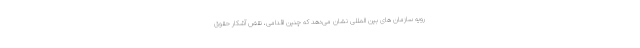
رویه سازمان های بین المللی نشان می‌دهد که چنین اقدامی، نقض آشکار حقوق